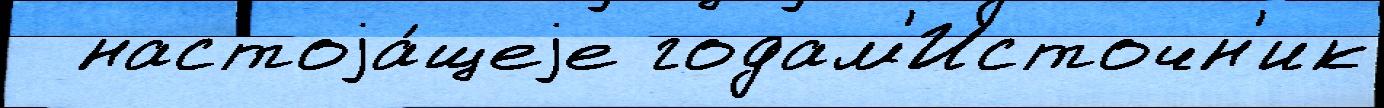
  настоjа́щеjе годам'Источн'ик